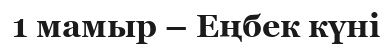
1 мамыр – Еңбек күні